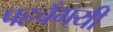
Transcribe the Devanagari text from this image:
पहचँगयी